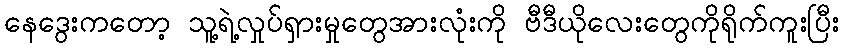
နေဒွေးကတော့ သူ့ရဲ့လှုပ်ရှားမှုတွေအားလုံးကို ဗီဒီယိုလေးတွေကိုရိုက်ကူးပြီး